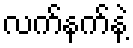
လက်နက်နဲ့